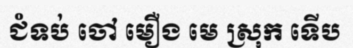
ជំទប់ ចៅ មឿង មេ ស្រុក ទើប